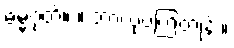
ဓမ္မဂုတ်။ ။ ဘာလုပ်ကြတုန်း။